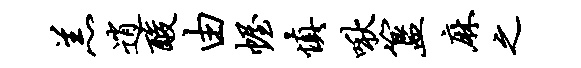
羔逍酸由幄慎啾簋麻之